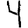
Digit: 4